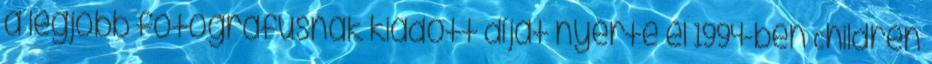
a legjobb fotográfusnak kiadott díját nyerte el 1994-ben Children